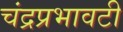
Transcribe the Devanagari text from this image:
चंद्रप्रभावटी